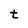
Character: t